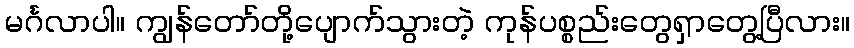
မင်္ဂလာပါ။ ကျွန်တော်တို့ပျောက်သွားတဲ့ ကုန်ပစ္စည်းတွေရှာတွေ့ပြီလား။